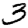
Digit: 3